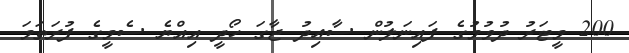
200 މީޓަރު ދުވުމުގެ ފައިނަލުން ސާއިދު ޖާގަ ހޯދީ އިއްޔެ ސެމީގެ ފުރަތަމަ